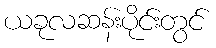
ယခုလဆန်းပိုင်းတွင်